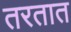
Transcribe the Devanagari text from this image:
तरतात